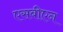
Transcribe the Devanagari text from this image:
एसबीएन